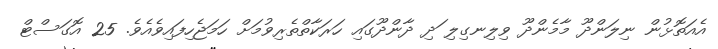
އެއަތޮޅުން ނިލަންދޫ މާމެންދޫ ވިލިނގިލި ަދި ދާންދޫގައި ހަރަކާތްތެރިވުމަށް ހަމަޖެހިފައިވެއެވެ. 25 އޮގަސްޓް